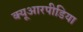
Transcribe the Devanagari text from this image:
क्यूआरपीडिया